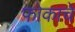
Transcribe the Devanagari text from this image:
फोकाचे